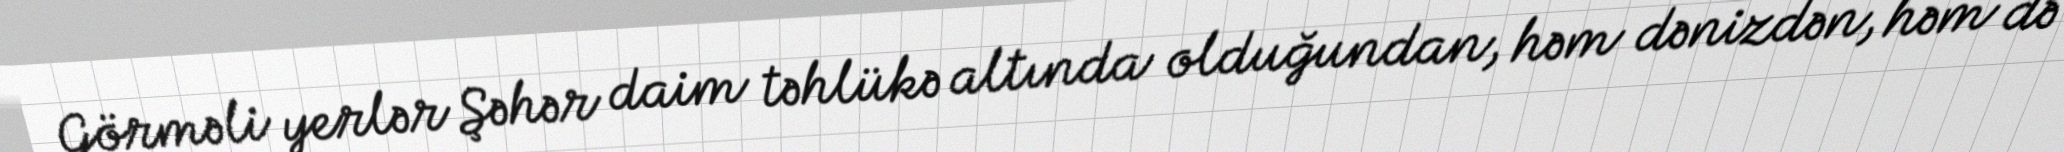
Görməli yerlər Şəhər daim təhlükə altında olduğundan, həm dənizdən, həm də